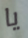
يا